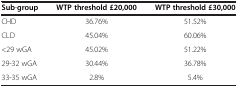
<table><thead><tr><td><b>Sub-group</b></td><td><b>WTP threshold £20,000</b></td><td><b>WTP threshold £30,000</b></td></tr></thead><tbody><tr><td>CHD</td><td>36.76%</td><td>51.52%</td></tr><tr><td>CLD</td><td>45.04%</td><td>60.06%</td></tr><tr><td>&lt;29 wGA</td><td>45.02%</td><td>51.22%</td></tr><tr><td>29-32 wGA</td><td>30.44%</td><td>36.78%</td></tr><tr><td>33-35 wGA</td><td>2.8%</td><td>5.4%</td></tr></tbody></table>